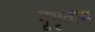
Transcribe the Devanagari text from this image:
भूभृताम्